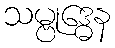
သမ္ဗုဒ္ဓေန